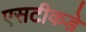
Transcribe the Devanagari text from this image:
एसटीकडे